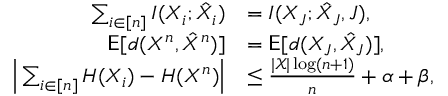
\begin{array} { r l } { \sum _ { i \in [ n ] } I ( X _ { i } ; \hat { X } _ { i } ) } & { = I ( X _ { J } ; \hat { X } _ { J } , J ) , } \\ { \mathsf { E } [ d ( X ^ { n } , \hat { X } ^ { n } ) ] } & { = \mathsf { E } [ d ( X _ { J } , \hat { X } _ { J } ) ] , } \\ { \Big | \sum _ { i \in [ n ] } H ( X _ { i } ) - H ( X ^ { n } ) \Big | } & { \leq \frac { | \mathcal { X } | \log ( n + 1 ) } { n } + \alpha + \beta , } \end{array}